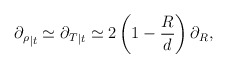
\begin{align*}{\partial_\rho}_{| t} \simeq {\partial_T}_{| t} \simeq 2\left(1-\frac{R}{d}\right)\partial_R,\end{align*}